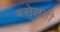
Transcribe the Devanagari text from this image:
बसेसही